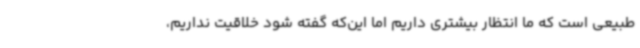
طبیعی است که ما انتظار بیشتری داریم اما این‌که گفته شود خلاقیت نداریم،